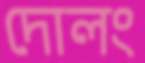
দোলং